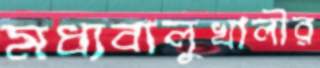
মধ্যবালুখালীর